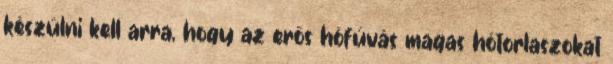
készülni kell arra, hogy az erős hófúvás magas hótorlaszokat